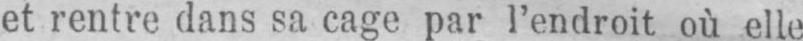
et rentre dans sa cage par l’endroit où elle